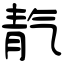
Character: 靔